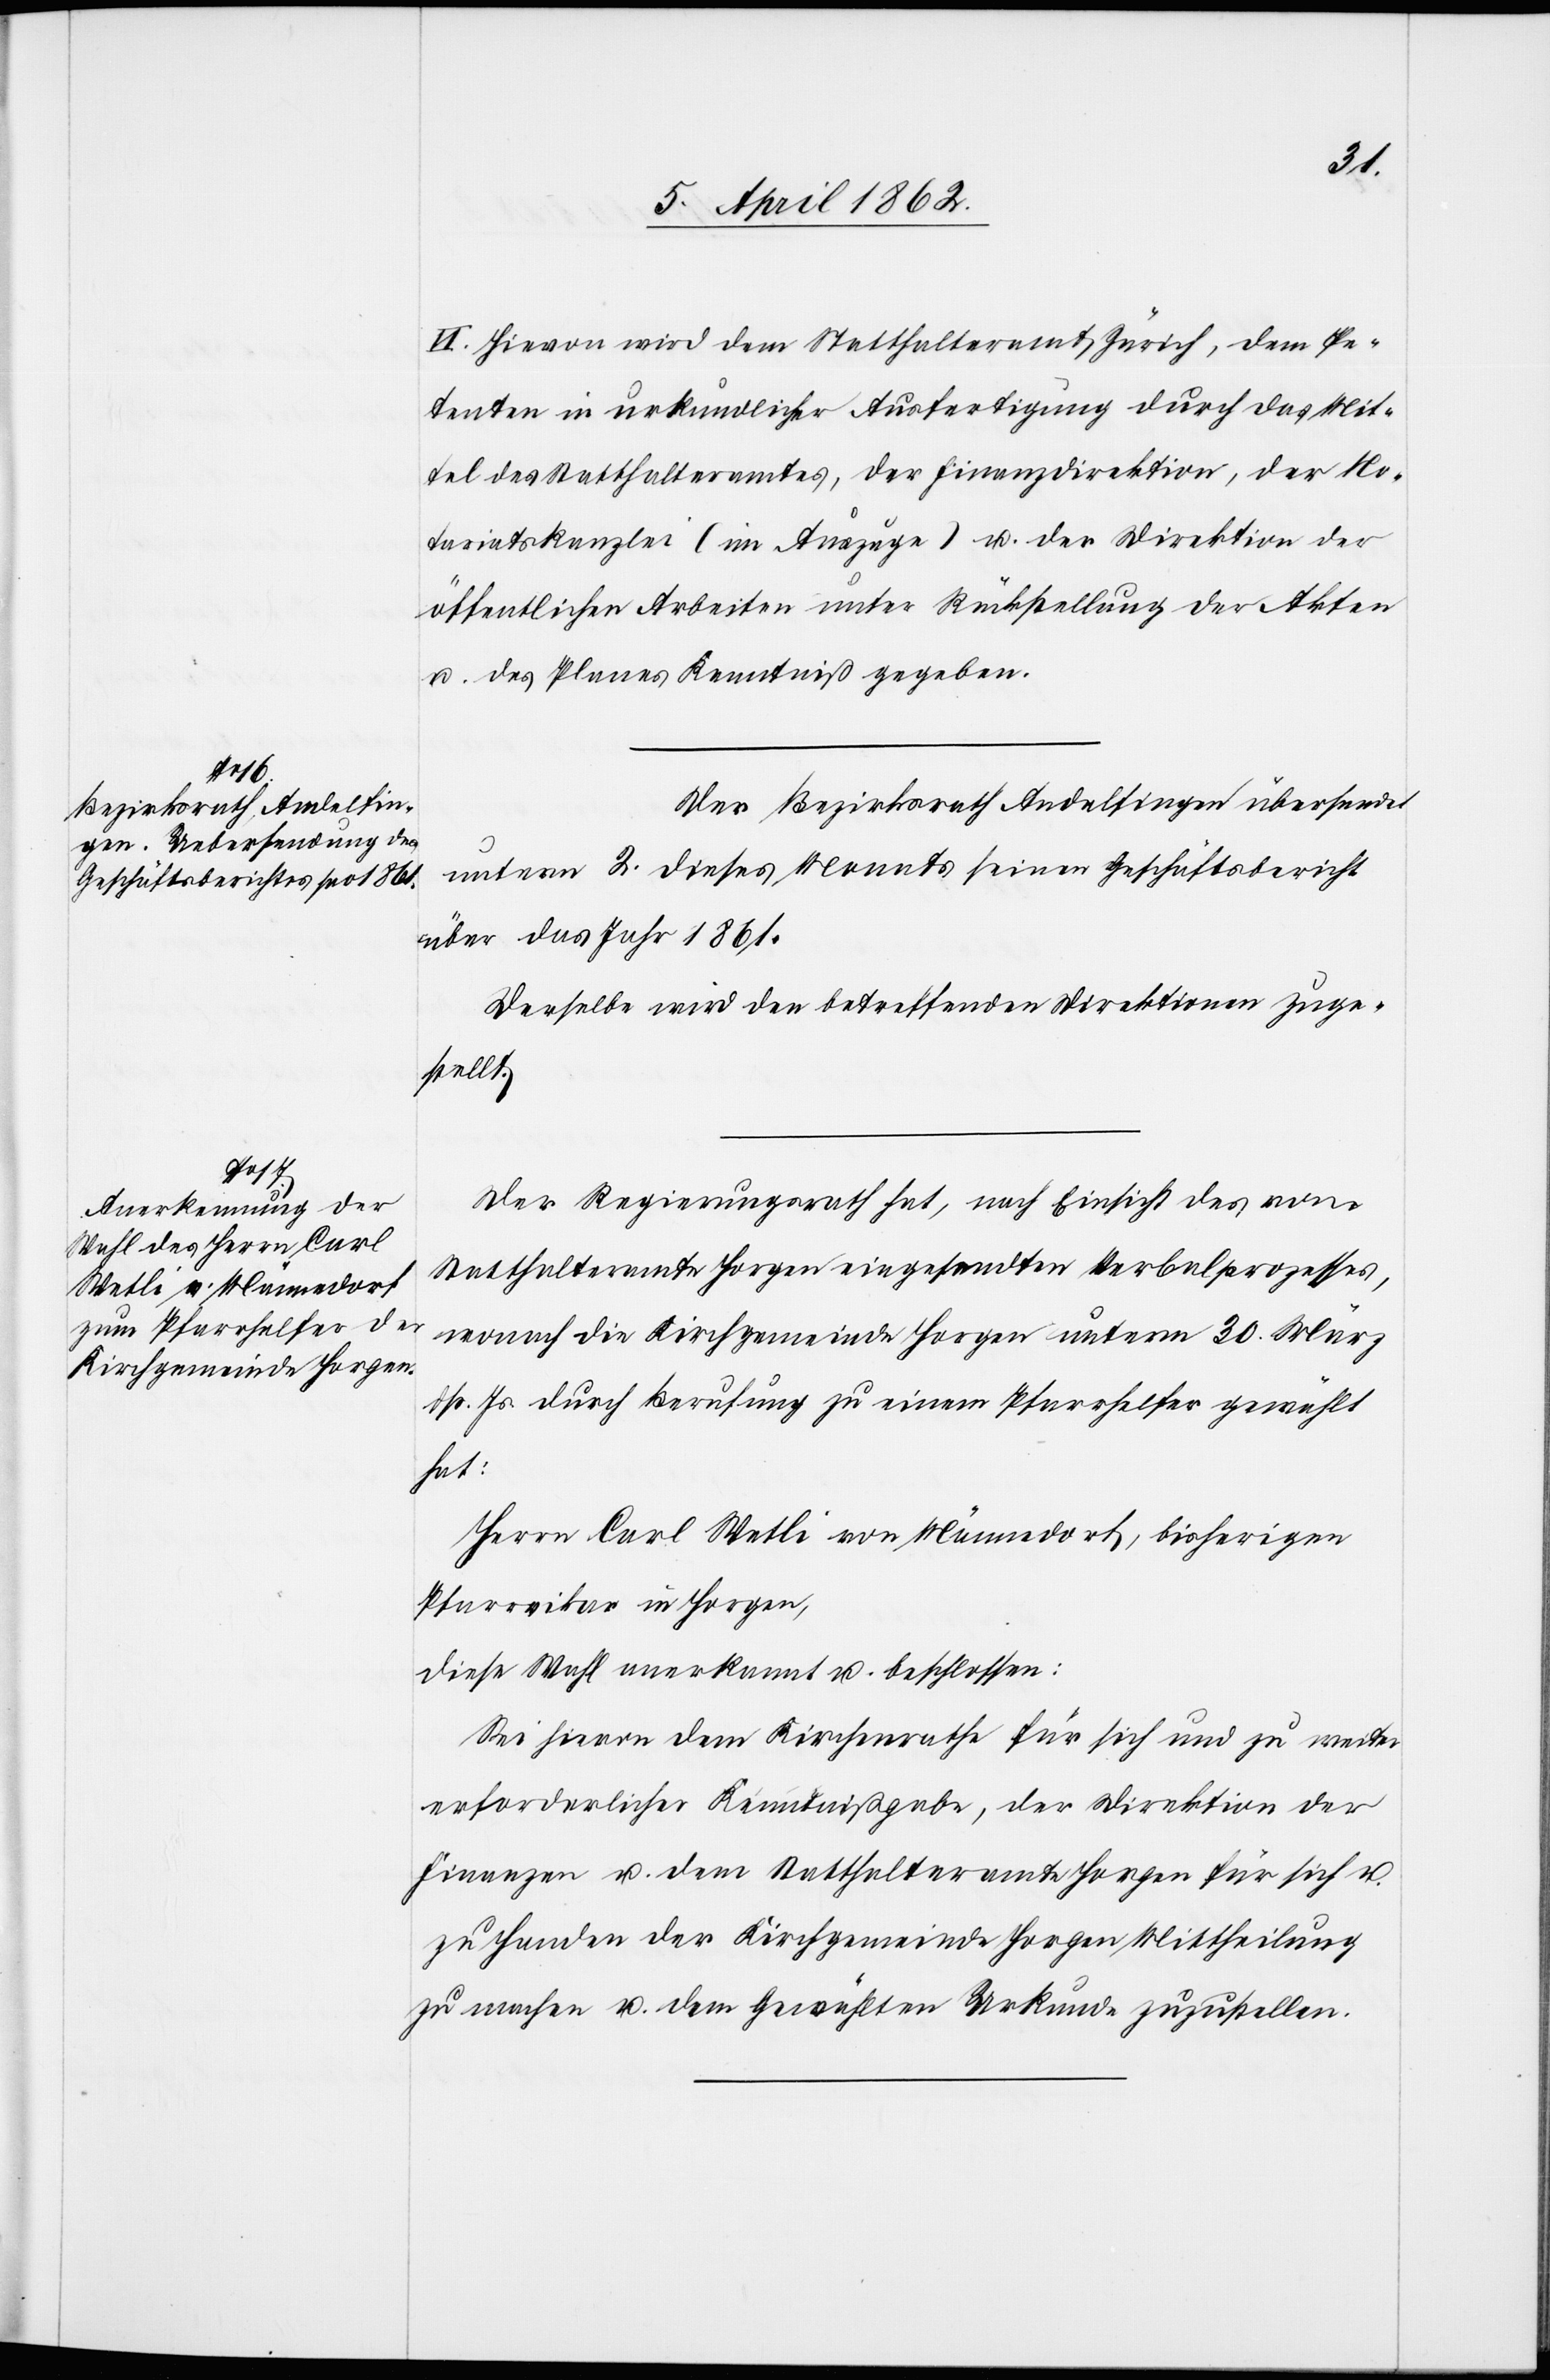
VI. Hievon wird dem Statthalteramt Zürich, dem Pe¬
tenten in urkundlicher Ausfertigung durch das Mit¬
tel des Statthalteramtes, der Finanzdirektion, der No¬
tariatskanzlei (im Auszuge) u. der Direktion der
öffentlichen Arbeiten unter Rückstellung der Akten
u. des Planes Kenntniß gegeben.
Der Bezirksrath Andelfingen übersendet
unterm 2. dieses Monats seinen Geschäftsbericht
über das Jahr 1861.
Derselbe wird den betreffenden Direktionen zuge¬
stellt.
Der Regierungsrath hat, nach Einsicht des vom
Statthalteramte Horgen eingesandten Verbalprozesses,
wonach die Kirchgemeinde Horgen unterm 30. März
dß. Js. durch Berufung zu einem Pfarrhelfer gewählt
hat:
Herrn Carl Wetli von Männedorf, bisherigen
Pfarrvikar in Horgen,
diese Wahl anerkannt u. beschlossen:
Sei hievon dem Kirchenrathe für sich und zu weiter
erforderlicher Kenntnißgabe, der Direktion der
Finanzen u. dem Statthalteramte Horgen für sich u.
zu Handen der Kirchgemeinde Horgen Mittheilung
zu machen u. dem Gewählten Urkunde zuzustellen.